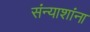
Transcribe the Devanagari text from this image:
संन्याशांना